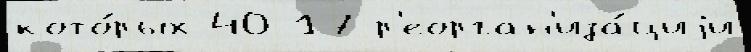
кото́рых 40 17 р'еорган'иза́циjи